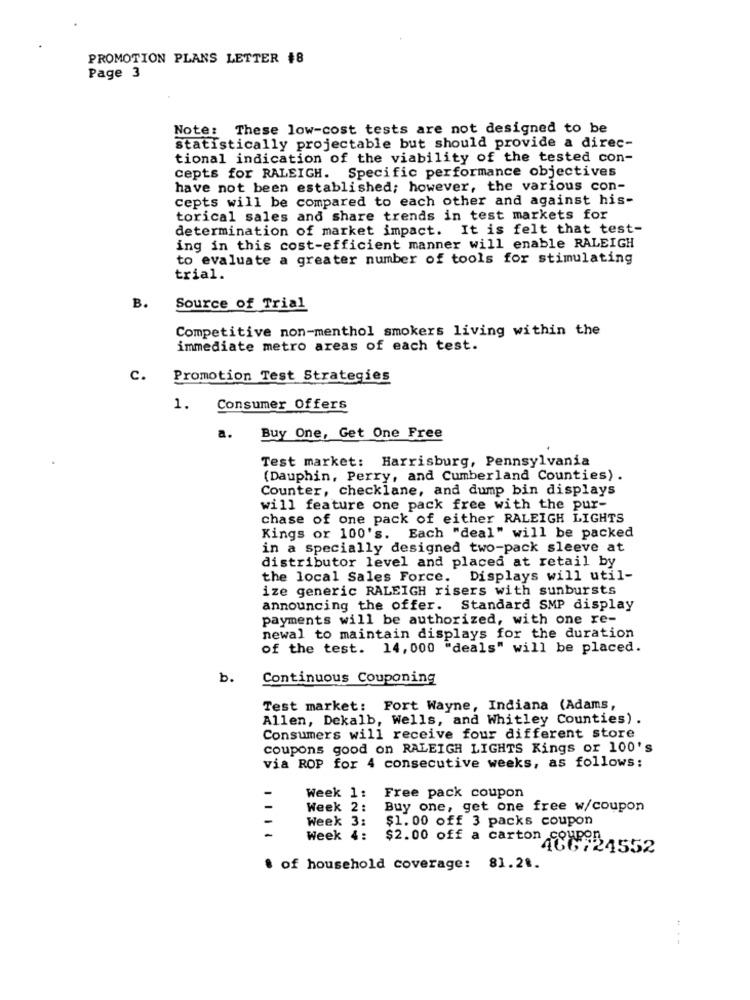
PROMOTION PLANS LETTER #8
Page 3
Note: These low-cost tests are not designed to be
statistically projectable but should provide a direc-
tional indication of the viability of the tested con-
cepts for RALEIGH. Specific performance objectives
have not been established; however, the various con-
Cepts will be compared to each other and against his-
torical sales and share trends in test markets for
determination of market impact. It is felt that test-
ing in this cost-efficient manner will enable RALEIGH
to evaluate a greater number of tools for stimulating
trial.
B.
Source of Trial
Competitive non-menthol smokers living within the
immediate metro areas of each test.
c.
Promotion Test Strategies
1.
Consumer Offers
a.
Buy One, Get One Free
Test market: Harrisburg, Pennsylvania
(Dauphin, Perry, and Cumberland Counties) .
Counter, checklane, and dump bin displays
will feature one pack free with the pur-
chase of one pack of either RALEIGH LIGHTS
Kings or 100's. Each "deal" will be packed
in a specially designed two-pack sleeve at
distributor level and placed at retail by
the local Sales Force. Displays will util-
ize generic RALEIGH risers with sunbursts
announcing the offer. Standard SMP display
payments will be authorized, with one re-
newal to maintain displays for the duration
of the test. 14, 000 "deals" will be placed.
b.
Continuous Couponing
Test market: Fort Wayne, Indiana (Adams,
Allen, Dekalb, Wells, and Whitley Counties) .
Consumers will receive four different store
coupons good on RALEIGH LIGHTS Kings or 100's
via ROP for 4 consecutive weeks, as follows:
Week 1: Free pack coupon
Week 2:
Buy one, get one free w/coupon
Week 3:
$1. 00 off 3 packs coupon
-
Week 4:
$2.00 off a carton few 4552
of household coverage: 81.2 ..